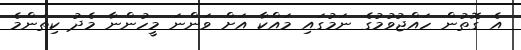
އެ ގޮތުން ހައްޖުވުމުގެ ނަމުގައި މައްކާ އަށް ވަންނަ މީހުންނާ މެދު ކިތަންމެ